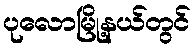
ပုလောမြို့နယ်တွင်